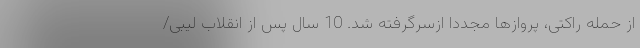
از حمله راکتی، پروازها مجددا ازسرگرفته شد. 10 سال پس از انقلاب لیبی/